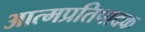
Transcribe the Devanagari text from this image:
आत्मप्रतिपादक